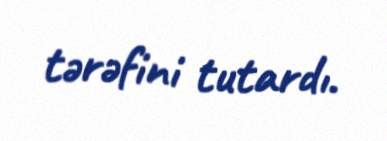
tərəfini tutardı.